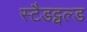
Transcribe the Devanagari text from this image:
स्टैडट्वल्ड